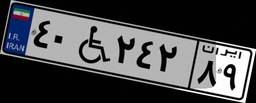
۶۴W۳۰۲۰۶